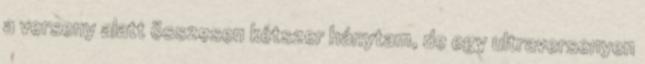
a verseny alatt összesen kétszer hánytam, de egy ultraversenyen